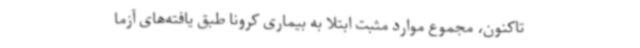
تاکنون، مجموع موارد مثبت ابتلا به بیماری کرونا طبق یافته‌های آزما